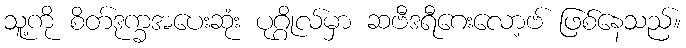
သူ့ကို စိတ်ဒုက္ခအပေးဆုံး ပုဂ္ဂိုလ်မှာ ဆဗီဒရီဂေးလော့ဗ် ဖြစ်နေသည်။